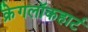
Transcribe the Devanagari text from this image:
क्रेगलॉकहार्ट